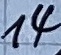
Text: 14